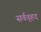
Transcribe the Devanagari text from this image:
सर्ववृहद